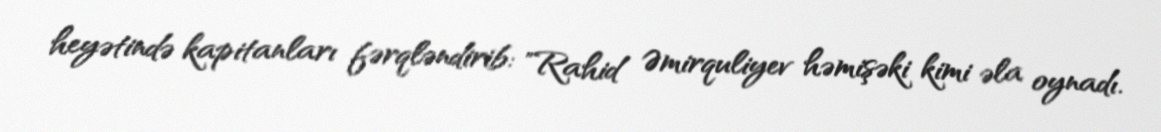
heyətində kapitanları fərqləndirib: "Rahid Əmirquliyev həmişəki kimi əla oynadı.